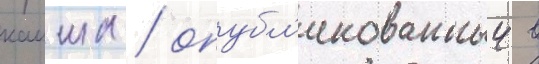
каиша / опубл'икованныи в